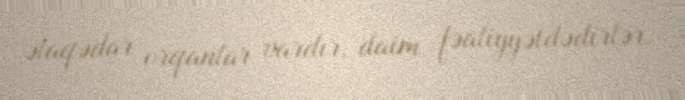
əlaqədar orqanlar vardır, daim fəaliyyətdədirlər.